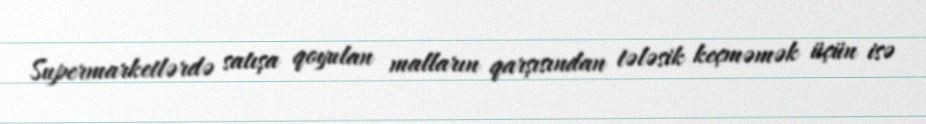
Supermarketlərdə satışa qoyulan malların qarşısından tələsik keçməmək üçün isə